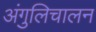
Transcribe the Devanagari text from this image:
अंगुलिचालन